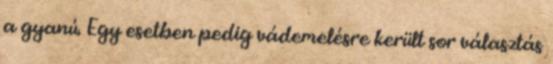
a gyanú. Egy esetben pedig vádemelésre került sor választás